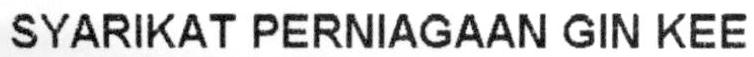
SYARIKAT PERNIAGAAN GIN KEE